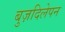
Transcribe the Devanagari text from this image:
बुज़दिलेपन